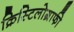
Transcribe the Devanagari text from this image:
क्रिस्टिलोग्राफी